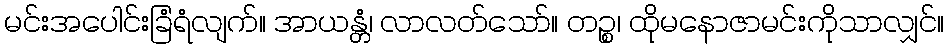
မင်းအပေါင်းခြံရံလျက်။ အာယန္တံ၊ လာလတ်သော်။ တဉ္စ၊ ထိုမနောဇာမင်းကိုသာလျှင်။